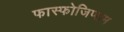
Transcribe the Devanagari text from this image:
फास्फोजिप्सम